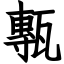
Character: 甎